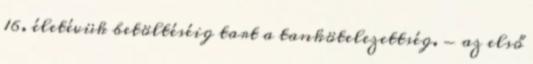
16. életévük betöltéséig tart a tankötelezettség. - az első